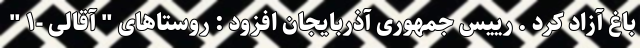
باغ آزاد کرد . رییس جمهوری آذربایجان افزود : روستاهای " آقالی -۱ "